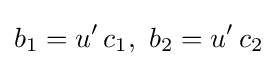
b_{1}=u'\,c_{1},\ b_{2}=u'\,c_{2}